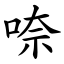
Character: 㖠